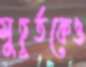
মুহূর্তকেও